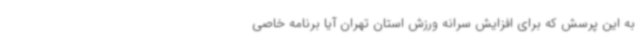
به این پرسش که برای افزایش سرانه ورزش استان تهران آیا برنامه خاصی